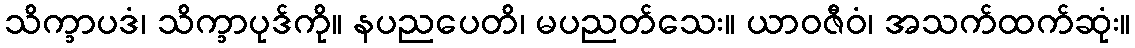
သိက္ခာပဒံ၊ သိက္ခာပုဒ်ကို။ နပညပေတိ၊ မပညတ်သေး။ ယာဝဇီဝံ၊ အသက်ထက်ဆုံး။